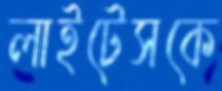
লাইটেসকে